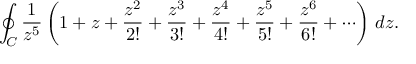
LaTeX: \oint _ { C } { \frac { 1 } { z ^ { 5 } } } \left( 1 + z + { \frac { z ^ { 2 } } { 2 ! } } + { \frac { z ^ { 3 } } { 3 ! } } + { \frac { z ^ { 4 } } { 4 ! } } + { \frac { z ^ { 5 } } { 5 ! } } + { \frac { z ^ { 6 } } { 6 ! } } + \cdots \right) \, d z .